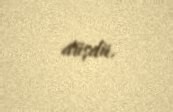
düşdü.